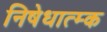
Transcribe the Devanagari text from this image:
निषेधात्म्क